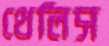
থেলিস